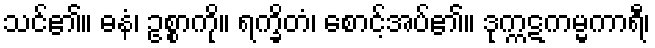
သင်၏။ ဓနံ၊ ဥစ္စာကို။ ရက္ခိတံ၊ စောင့်အပ်၏။ ဒုက္ကဋကမ္မကာရီ၊